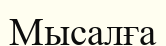
Мысалға